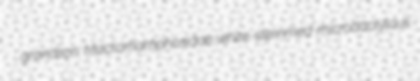
grandson Macrorhamphosidae white-stemmed microdactylous